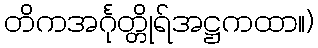
တိကအင်္ဂုတ္တိုရ်အဋ္ဌကထာ။)